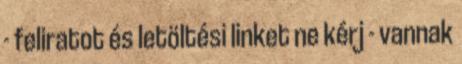
- feliratot és letöltési linket ne kérj - vannak